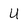
Character: U